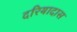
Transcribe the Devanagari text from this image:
दरियादास